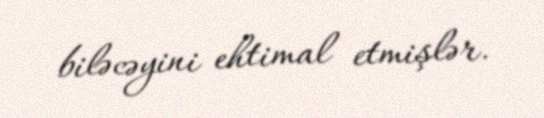
biləcəyini ehtimal etmişlər.